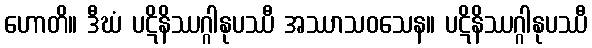
ဟောတိ။ ဒီဃံ ပဋိနိဿဂ္ဂါနုပဿီ အဿာသဝသေန။ ပဋိနိဿဂ္ဂါနုပဿီ